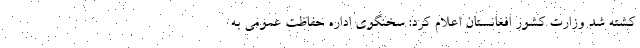
کشته شد وزارت کشور افغانستان اعلام کرد: سخنگوی اداره حفاظت عمومی به